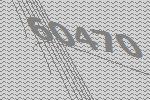
60470